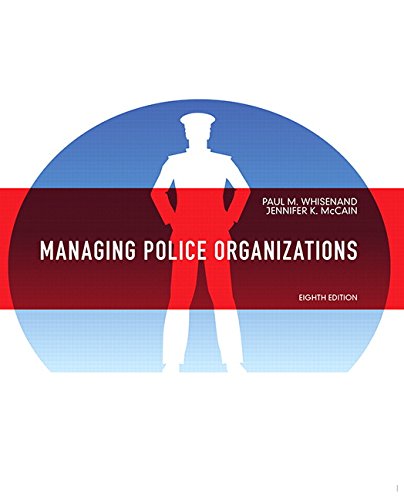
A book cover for Managing Police Organizations (8th Edition); Paul M. Whisenand; Law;